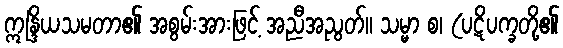
ဣန္ဒြိယသမတာ၏ အစွမ်းအားဖြင့် အညီအညွတ်။ သမ္မာ စ၊ (ပဋိပက္ခတို့၏